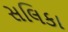
સલિકા